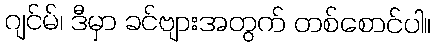
ဂျင်မ်၊ ဒီမှာ ခင်ဗျားအတွက် တစ်စောင်ပါ။